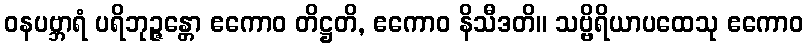
ဝနပဗ္ဘာရံ ပရိဘုဉ္ဇန္တော ဧကောဝ တိဋ္ဌတိ, ဧကောဝ နိသီဒတိ။ သဗ္ဗိရိယာပထေသု ဧကောဝ